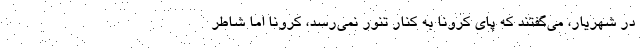
در شهريار، مي‌گفتند كه پاي كرونا به كنار تنور نمي‌رسد، كرونا اما شاطر